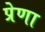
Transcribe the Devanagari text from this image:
प्रेणा